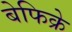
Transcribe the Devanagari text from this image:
बेफिक्रे